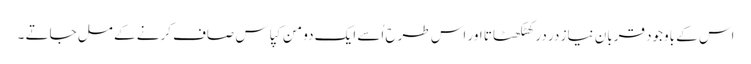
اس کے باوجود قربان نیاز در در کھٹکھٹاتا اور اس طرح اُسے ایک دو من کپاس صاف کرنے کے مل جاتے ۔